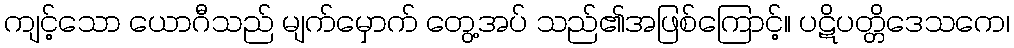
ကျင့်သော ယောဂီသည် မျက်မှောက် တွေ့အပ် သည်၏အဖြစ်ကြောင့်။ ပဋိပတ္တိဒေသကေ၊